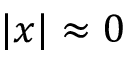
| x | \approx 0